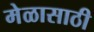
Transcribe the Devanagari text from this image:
मेळासाठी